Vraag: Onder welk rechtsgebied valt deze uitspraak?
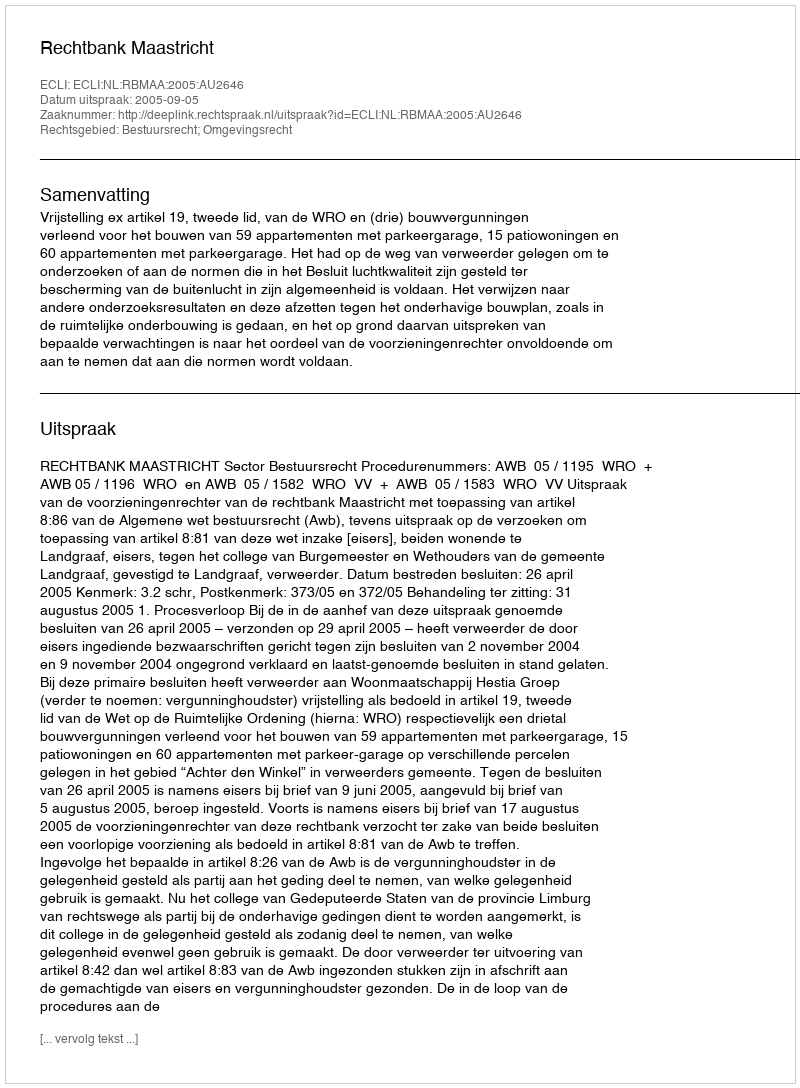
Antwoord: Bestuursrecht; Omgevingsrecht